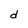
Character: d